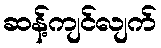
ဆန့်ကျင်လျက်